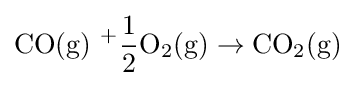
{\ce {CO(g)\ +{\frac {1}{2}}O2(g)\to CO2(g)}}